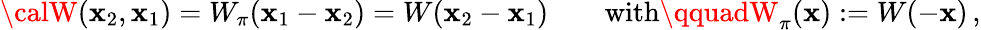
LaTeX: {\calW}(\mathbf{x}_{2},\mathbf{x}_{1})=W_{\pi}(\mathbf{x}_{1}-\mathbf{x}_{2})=W(\mathbf{x}_{2}-\mathbf{x}_{1})\qquad\mathrm{{with}}\qquadW_{\pi}(\mathbf{x}):=W(-\mathbf{x})\, ,